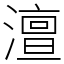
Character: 澶